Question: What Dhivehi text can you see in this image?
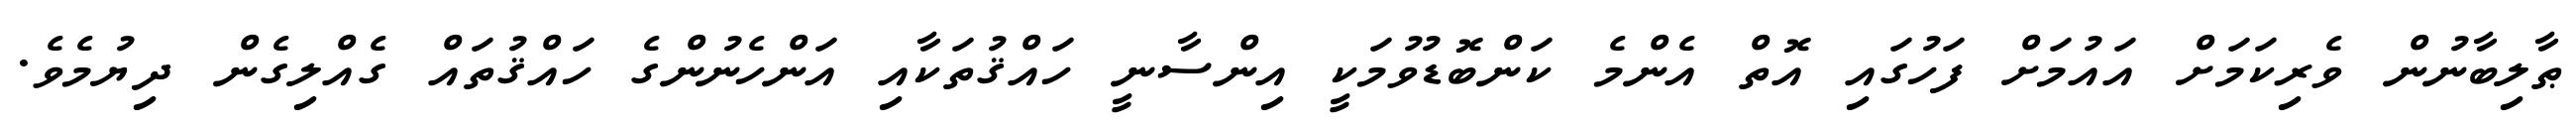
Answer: ޠާލިބާނުން ވެރިކަމަށް އައުމަށް ފަހުގައި އޮތް އެންމެ ކަންބޮޑުވުމަކީ އިންސާނީ ހައްޤުތަކާއި އަންހެނުންގެ ހައްޤުތައް ގެއްލިގެން ދިޔުމެވެ.